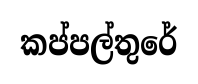
කප්පල්තුරේ